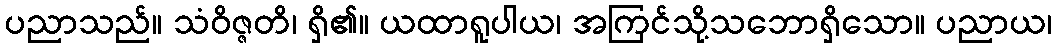
ပညာသည်။ သံဝိဇ္ဇတိ၊ ရှိ၏။ ယထာရူပါယ၊ အကြင်သို့သဘောရှိသော။ ပညာယ၊